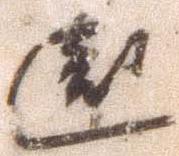
遠